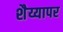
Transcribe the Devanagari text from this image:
शैय्यापर